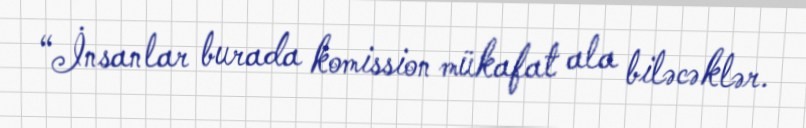
“İnsanlar burada komission mükafat ala biləcəklər.